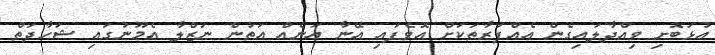
އުޅަބޮށި ވިއްދާލައިގެން އެއްފަރާތަކަށް އޮވެފައި އޭނާ އަނެއް އަތުން ނަޒްލާ އެމޫނުގައި ޝަހާދަތް